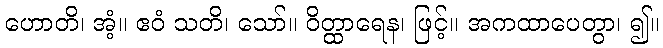
ဟောတိ၊ အံ့။ ဧဝံ သတိ၊ သော်။ ဝိတ္ထာရေန၊ ဖြင့်။ အကထာပေတွာ၊ ၍။